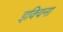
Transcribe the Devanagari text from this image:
इक्विना